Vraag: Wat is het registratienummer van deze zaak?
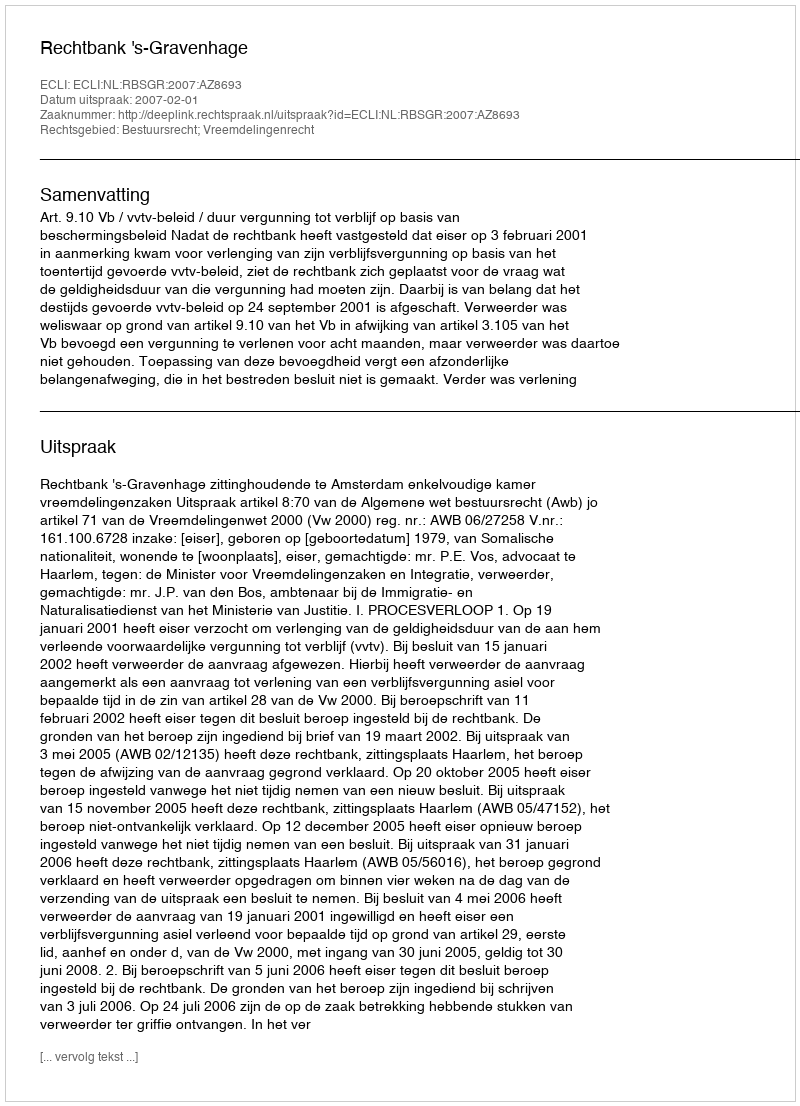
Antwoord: http://deeplink.rechtspraak.nl/uitspraak?id=ECLI:NL:RBSGR:2007:AZ8693